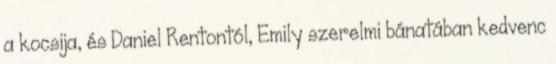
a kocsija, és Daniel Rentontól, Emily szerelmi bánatában kedvenc